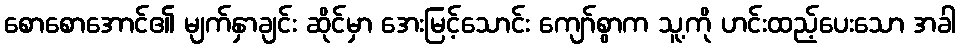
စောစောအောင်၏ မျက်နှာချင်း ဆိုင်မှာ အေးမြင့်သောင်း ကျော်စွာက သူ့ကို ဟင်းထည့်ပေးသော အခါ